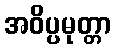
အဝိပ္ပမုတ္တာ